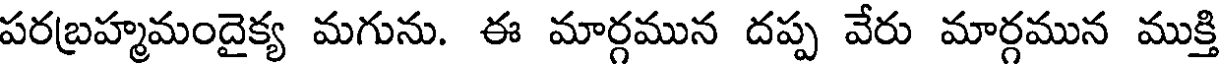
పరబ్రహ్మమందైక్య మగును. ఈ మార్గమున దప్ప వేరు మార్గమున ముక్తి